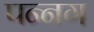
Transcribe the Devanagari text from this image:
पन्‍नग